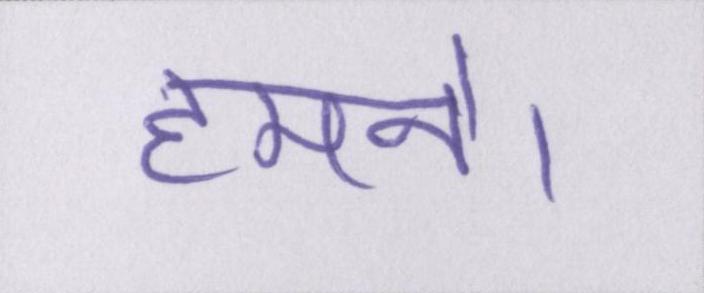
हमने।